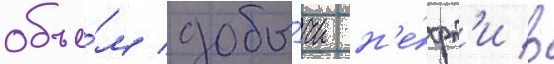
объе́м добы́чи н'е́фт'и в